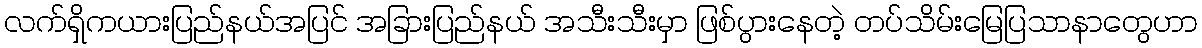
လက်ရှိကယားပြည်နယ်အပြင် အခြားပြည်နယ် အသီးသီးမှာ ဖြစ်ပွားနေတဲ့ တပ်သိမ်းမြေပြသာနာတွေဟာ